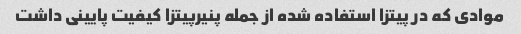
موادی که در پیتزا استفاده شده از جمله پنیرپیتزا کیفیت پایینی داشت